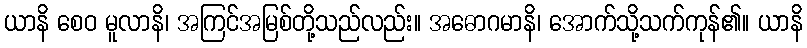
ယာနိ စေဝ မူလာနိ၊ အကြင်အမြစ်တို့သည်လည်း။ အဓောဂမာနိ၊ အောက်သို့သက်ကုန်၏။ ယာနိ